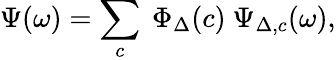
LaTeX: \Psi(\omega)=\sum_{c}\ \Phi_{\Delta}(c)\ \Psi_{\Delta,c}(\omega),